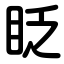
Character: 眨